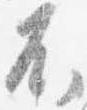
不